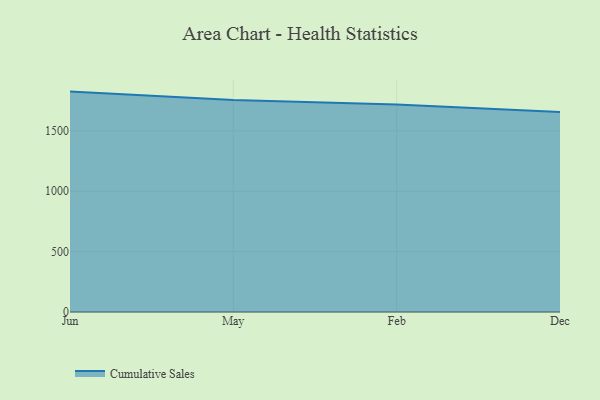
{"axis": {"x": "Month", "y": "Population (Million)"}, "legend": ["Cumulative Sales"], "data": [{"x": "Jun", "y": 1825.2, "type": "Cumulative Sales"}, {"x": "May", "y": 1754.8, "type": "Cumulative Sales"}, {"x": "Feb", "y": 1718.0, "type": "Cumulative Sales"}, {"x": "Dec", "y": 1656.5, "type": "Cumulative Sales"}]}